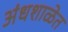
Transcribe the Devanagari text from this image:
अंधशाळेत